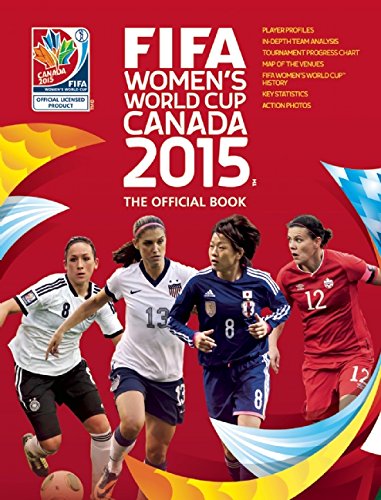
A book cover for FIFA Women's World Cup Canada 2015: The Official Book; Catherine Etoe; Sports & Outdoors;